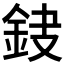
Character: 𨥻